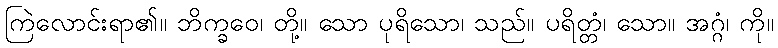
ကြဲလောင်းရာ၏။ ဘိက္ခဝေ၊ တို့။ သော ပုရိသော၊ သည်။ ပရိတ္တံ၊ သော။ အဂ္ဂံ၊ ကို။